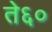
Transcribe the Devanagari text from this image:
ते६०